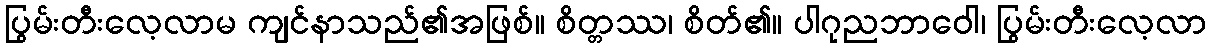
ပြွမ်းတီးလေ့လာမ ကျင်နာသည်၏အဖြစ်။ စိတ္တဿ၊ စိတ်၏။ ပါဂုညဘာဝေါ၊ ပြွမ်းတီးလေ့လာ